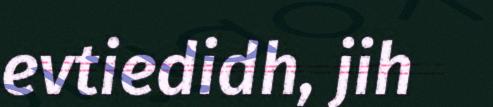
evtiedidh, jih